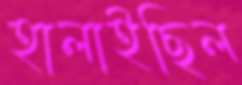
হালাইছিল